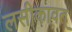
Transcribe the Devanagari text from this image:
लसीकावत्